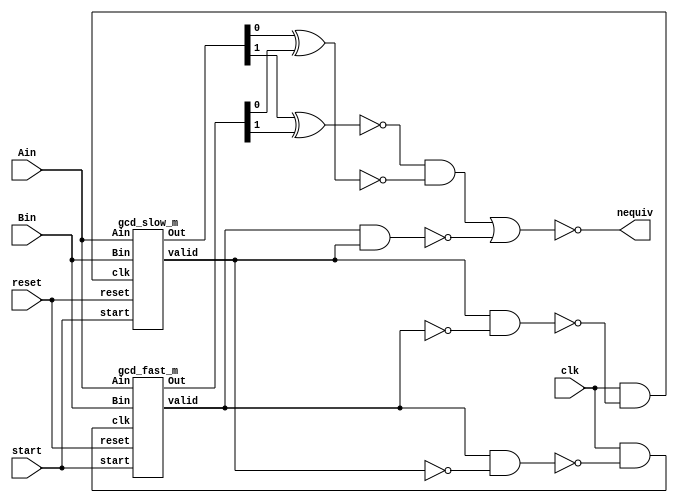
/* Generated by Yosys 0.9 (git sha1 1979e0b) */

(* top =  1  *)
(* src = "./gcd_dest_m.v:70" *)
module gcd_dest_m(clk, reset, start, Ain, Bin, nequiv);
  wire _00_;
  wire _01_;
  wire _02_;
  wire _03_;
  wire _04_;
  (* src = "./gcd_dest_m.v:76" *)
  input [1:0] Ain;
  (* src = "./gcd_dest_m.v:77" *)
  input [1:0] Bin;
  (* src = "./gcd_dest_m.v:78" *)
  wire [1:0] Out_1;
  (* src = "./gcd_dest_m.v:79" *)
  wire [1:0] Out_2;
  (* src = "./gcd_dest_m.v:71" *)
  input clk;
  (* src = "./gcd_dest_m.v:72" *)
  wire clk_1;
  (* src = "./gcd_dest_m.v:73" *)
  wire clk_2;
  (* src = "./gcd_dest_m.v:84" *)
  output nequiv;
  (* src = "./gcd_dest_m.v:74" *)
  input reset;
  (* src = "./gcd_dest_m.v:75" *)
  input start;
  (* src = "./gcd_dest_m.v:80" *)
  wire valid_1;
  (* src = "./gcd_dest_m.v:81" *)
  wire valid_2;
  assign _00_ = ~(valid_1 & valid_2);
  assign _01_ = ~(Out_2[0] ^ Out_1[0]);
  assign _02_ = ~(Out_2[1] ^ Out_1[1]);
  assign nequiv = ~((_02_ & _01_) | _00_);
  assign _03_ = valid_1 & ~(valid_2);
  assign clk_1 = clk & ~(_03_);
  assign _04_ = valid_2 & ~(valid_1);
  assign clk_2 = clk & ~(_04_);
  (* module_not_derived = 32'd1 *)
  (* src = "./gcd_dest_m.v:96" *)
  gcd_fast_m fast_m (
    .Ain(Ain),
    .Bin(Bin),
    .Out(Out_1),
    .clk(clk_1),
    .reset(reset),
    .start(start),
    .valid(valid_1)
  );
  (* module_not_derived = 32'd1 *)
  (* src = "./gcd_dest_m.v:106" *)
  gcd_slow_m slow_m (
    .Ain(Ain),
    .Bin(Bin),
    .Out(Out_2),
    .clk(clk_2),
    .reset(reset),
    .start(start),
    .valid(valid_2)
  );
endmodule

(* src = "./gcd_dest_m.v:1" *)
module gcd_fast_m(clk, reset, start, Ain, Bin, Out, valid);
  (* src = "./gcd_dest_m.v:9" *)
  wire [1:0] _00_;
  (* src = "./gcd_dest_m.v:9" *)
  wire [1:0] _01_;
  (* src = "./gcd_dest_m.v:9" *)
  wire [1:0] _02_;
  (* src = "./gcd_dest_m.v:9" *)
  wire _03_;
  wire _04_;
  wire _05_;
  wire _06_;
  wire _07_;
  wire _08_;
  wire _09_;
  wire _10_;
  wire _11_;
  wire _12_;
  wire _13_;
  wire _14_;
  wire _15_;
  wire _16_;
  wire _17_;
  wire _18_;
  wire _19_;
  wire _20_;
  wire _21_;
  wire _22_;
  wire _23_;
  wire _24_;
  wire _25_;
  wire _26_;
  wire _27_;
  wire _28_;
  wire _29_;
  wire _30_;
  wire _31_;
  wire _32_;
  wire _33_;
  wire _34_;
  wire _35_;
  wire _36_;
  wire _37_;
  wire _38_;
  (* src = "./gcd_dest_m.v:7" *)
  reg [1:0] A;
  (* src = "./gcd_dest_m.v:3" *)
  input [1:0] Ain;
  (* src = "./gcd_dest_m.v:7" *)
  reg [1:0] B;
  (* src = "./gcd_dest_m.v:3" *)
  input [1:0] Bin;
  (* src = "./gcd_dest_m.v:4" *)
  output [1:0] Out;
  reg [1:0] Out;
  (* src = "./gcd_dest_m.v:2" *)
  input clk;
  (* src = "./gcd_dest_m.v:2" *)
  input reset;
  (* src = "./gcd_dest_m.v:2" *)
  input start;
  (* src = "./gcd_dest_m.v:5" *)
  output valid;
  reg valid;
  assign _04_ = B[1] | ~(A[1]);
  assign _05_ = B[1] ^ A[1];
  assign _06_ = B[0] & ~(A[0]);
  assign _07_ = ~((_06_ | _05_) & _04_);
  assign _08_ = ~(B[1] ^ A[1]);
  assign _09_ = B[0] ^ A[0];
  assign _10_ = _08_ & ~(_09_);
  assign _11_ = _07_ & ~(_10_);
  assign _12_ = A[1] & ~(B[1]);
  assign _13_ = A[0] | ~(B[0]);
  assign _14_ = ~((_13_ & _08_) | _12_);
  assign _15_ = _14_ ? Out[0] : A[0];
  assign _16_ = _11_ ? Out[0] : _15_;
  assign _17_ = reset ? Out[0] : _16_;
  assign _02_[0] = start ? Out[0] : _17_;
  assign _18_ = _14_ ? Out[1] : A[1];
  assign _19_ = _11_ ? Out[1] : _18_;
  assign _20_ = reset ? Out[1] : _19_;
  assign _02_[1] = start ? Out[1] : _20_;
  assign _21_ = ~reset;
  assign _22_ = ~((_10_ & _07_) | valid);
  assign _23_ = _21_ & ~(_22_);
  assign _03_ = _23_ & ~(start);
  assign _24_ = _07_ ? B[0] : _09_;
  assign _25_ = _24_ & ~(reset);
  assign _01_[0] = start ? Bin[0] : _25_;
  assign _26_ = ~B[1];
  assign _27_ = A[0] & ~(B[0]);
  assign _28_ = _27_ ^ _08_;
  assign _29_ = _07_ ? _26_ : _28_;
  assign _30_ = _11_ ? _26_ : _29_;
  assign _31_ = _21_ & ~(_30_);
  assign _01_[1] = start ? Bin[1] : _31_;
  assign _32_ = _10_ | _14_;
  assign _33_ = _32_ ? A[0] : _09_;
  assign _34_ = _33_ & ~(reset);
  assign _00_[0] = start ? Ain[0] : _34_;
  assign _35_ = ~A[1];
  assign _36_ = _06_ ^ _08_;
  assign _37_ = _32_ ? _35_ : _36_;
  assign _38_ = _21_ & ~(_37_);
  assign _00_[1] = start ? Ain[1] : _38_;
  (* src = "./gcd_dest_m.v:9" *)
  always @(posedge clk)
      A[0] <= _00_[0];
  (* src = "./gcd_dest_m.v:9" *)
  always @(posedge clk)
      A[1] <= _00_[1];
  (* src = "./gcd_dest_m.v:9" *)
  always @(posedge clk)
      B[0] <= _01_[0];
  (* src = "./gcd_dest_m.v:9" *)
  always @(posedge clk)
      B[1] <= _01_[1];
  (* src = "./gcd_dest_m.v:9" *)
  always @(posedge clk)
      valid <= _03_;
  (* src = "./gcd_dest_m.v:9" *)
  always @(posedge clk)
      Out[0] <= _02_[0];
  (* src = "./gcd_dest_m.v:9" *)
  always @(posedge clk)
      Out[1] <= _02_[1];
endmodule

(* src = "./gcd_dest_m.v:35" *)
module gcd_slow_m(clk, reset, start, Ain, Bin, Out, valid);
  (* src = "./gcd_dest_m.v:43" *)
  wire [1:0] _00_;
  (* src = "./gcd_dest_m.v:43" *)
  wire [1:0] _01_;
  (* src = "./gcd_dest_m.v:43" *)
  wire [1:0] _02_;
  (* src = "./gcd_dest_m.v:43" *)
  wire _03_;
  wire _04_;
  wire _05_;
  wire _06_;
  wire _07_;
  wire _08_;
  wire _09_;
  wire _10_;
  wire _11_;
  wire _12_;
  wire _13_;
  wire _14_;
  wire _15_;
  wire _16_;
  wire _17_;
  wire _18_;
  wire _19_;
  wire _20_;
  wire _21_;
  wire _22_;
  wire _23_;
  wire _24_;
  wire _25_;
  wire _26_;
  wire _27_;
  wire _28_;
  wire _29_;
  wire _30_;
  wire _31_;
  wire _32_;
  wire _33_;
  wire _34_;
  (* src = "./gcd_dest_m.v:41" *)
  reg [1:0] A;
  (* src = "./gcd_dest_m.v:37" *)
  input [1:0] Ain;
  (* src = "./gcd_dest_m.v:41" *)
  reg [1:0] B;
  (* src = "./gcd_dest_m.v:37" *)
  input [1:0] Bin;
  (* src = "./gcd_dest_m.v:38" *)
  output [1:0] Out;
  reg [1:0] Out;
  (* src = "./gcd_dest_m.v:36" *)
  input clk;
  (* src = "./gcd_dest_m.v:36" *)
  input reset;
  (* src = "./gcd_dest_m.v:36" *)
  input start;
  (* src = "./gcd_dest_m.v:39" *)
  output valid;
  reg valid;
  assign _04_ = A[1] & ~(B[1]);
  assign _05_ = ~(B[1] ^ A[1]);
  assign _06_ = A[0] | ~(B[0]);
  assign _07_ = ~((_06_ & _05_) | _04_);
  assign _08_ = ~(B[0] ^ A[0]);
  assign _09_ = _08_ & _05_;
  assign _10_ = ~(_09_ | _07_);
  assign _11_ = _07_ ? Out[0] : A[0];
  assign _12_ = _10_ ? Out[0] : _11_;
  assign _13_ = reset ? Out[0] : _12_;
  assign _02_[0] = start ? Out[0] : _13_;
  assign _14_ = _07_ ? Out[1] : A[1];
  assign _15_ = _10_ ? Out[1] : _14_;
  assign _16_ = reset ? Out[1] : _15_;
  assign _02_[1] = start ? Out[1] : _16_;
  assign _17_ = ~valid;
  assign _18_ = ~((_10_ | _07_) & _17_);
  assign _19_ = _18_ & ~(reset);
  assign _03_ = _19_ & ~(start);
  assign _20_ = ~reset;
  assign _21_ = ~A[0];
  assign _22_ = ~B[0];
  assign _23_ = _07_ ? _21_ : _22_;
  assign _24_ = _20_ & ~(_23_);
  assign _01_[0] = start ? Bin[0] : _24_;
  assign _25_ = B[0] & ~(A[0]);
  assign _26_ = ~(B[1] & A[1]);
  assign _27_ = _20_ & ~(_26_);
  assign _01_[1] = start ? Bin[1] : _27_;
  assign _28_ = _07_ ? _22_ : _21_;
  assign _29_ = _10_ ? _08_ : _28_;
  assign _30_ = _20_ & ~(_29_);
  assign _00_[0] = start ? Ain[0] : _30_;
  assign _31_ = _25_ ^ _05_;
  assign _32_ = ~(B[1] | A[1]);
  assign _33_ = _10_ ? _31_ : _32_;
  assign _34_ = _20_ & ~(_33_);
  assign _00_[1] = start ? Ain[1] : _34_;
  (* src = "./gcd_dest_m.v:43" *)
  always @(posedge clk)
      A[0] <= _00_[0];
  (* src = "./gcd_dest_m.v:43" *)
  always @(posedge clk)
      A[1] <= _00_[1];
  (* src = "./gcd_dest_m.v:43" *)
  always @(posedge clk)
      B[0] <= _01_[0];
  (* src = "./gcd_dest_m.v:43" *)
  always @(posedge clk)
      B[1] <= _01_[1];
  (* src = "./gcd_dest_m.v:43" *)
  always @(posedge clk)
      valid <= _03_;
  (* src = "./gcd_dest_m.v:43" *)
  always @(posedge clk)
      Out[0] <= _02_[0];
  (* src = "./gcd_dest_m.v:43" *)
  always @(posedge clk)
      Out[1] <= _02_[1];
endmodule